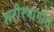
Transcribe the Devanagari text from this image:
शरीरभागांत